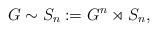
LaTeX: \begin{align*}G \sim S_n := G^n \rtimes S_n ,\end{align*}